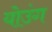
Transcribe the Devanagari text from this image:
योउंग